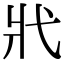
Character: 𢍿